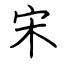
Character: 宋